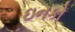
ઇનકો